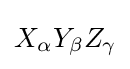
X_{\alpha }Y_{\beta }Z_{\gamma }